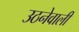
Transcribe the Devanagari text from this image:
उठनेवाली